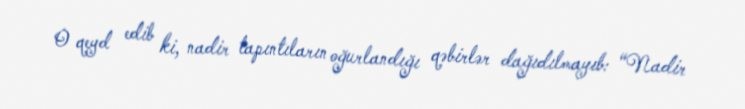
O qeyd edib ki, nadir tapıntıların oğurlandığı qəbirlər dağıdılmayıb: “Nadir